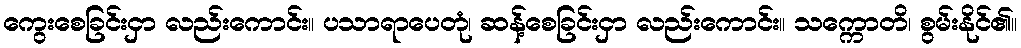
ကွေးစေခြင်းငှာ လည်းကောင်း။ ပသာရာပေတုံ၊ ဆန့်စေခြင်းငှာ လည်းကောင်း။ သက္ကောတိ၊ စွမ်းနိုင်၏။